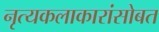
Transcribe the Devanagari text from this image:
नृत्यकलाकारांसोबत